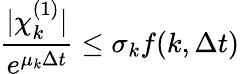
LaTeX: {\frac{|\chi_{k}^{(1)}|}{e^{\mu_{k}\Delta t}}}\le\sigma_{k}f(k,\Delta t)